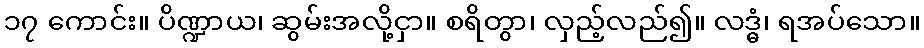
၁၇ ကောင်း။ ပိဏ္ဍာယ၊ ဆွမ်းအလို့ငှာ။ စရိတွာ၊ လှည့်လည်၍။ လဒ္ဓံ၊ ရအပ်သော။